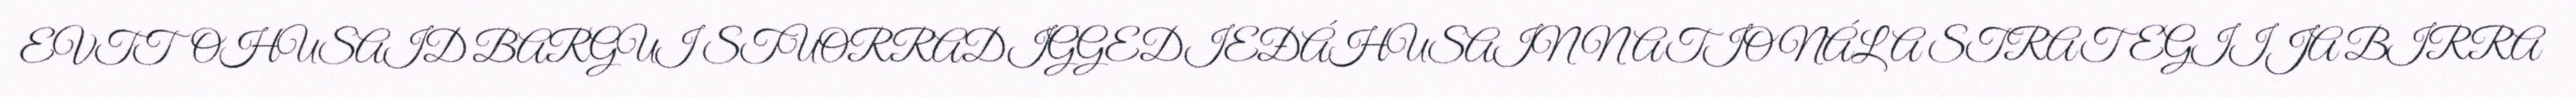
EVTTOHUSAID BARGUI STUORRADIGGEDIEĐÁHUSAIN NATIONÁLA STRATEGIIJA BIRRA